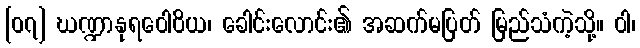
[၀၇] ဃဏ္ဍာနုရဝေါဝိယ၊ ခေါင်းလောင်း၏ အဆက်မပြတ် မြည်သံကဲ့သို့။ ဝါ၊